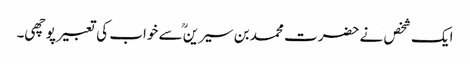
ایک شخص نے حضرت محمد بن سیرینؒ سے خواب کی تعبیر پوچھی۔